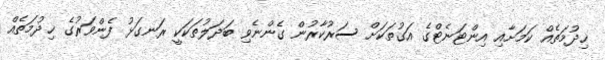
ޚިދުމަތެއް ކަމަށާއި އިންޓަނެޓްގެ އަގުތަކަށް ސަރުކާރުން ގެންނެވި ބަދަލުތަކަކީ ރަނގަޅު ފެންވަރުގެ ޚިދުމަތެއް